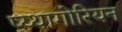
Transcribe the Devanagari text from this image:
प्य्थागोरियन